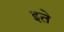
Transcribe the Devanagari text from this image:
इते